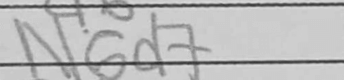
Transcription: N6d7